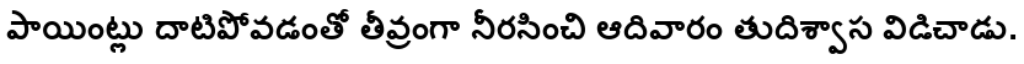
పాయింట్లు దాటిపోవడంతో తీవ్రంగా నీరసించి ఆదివారం తుదిశ్వాస విడిచాడు.